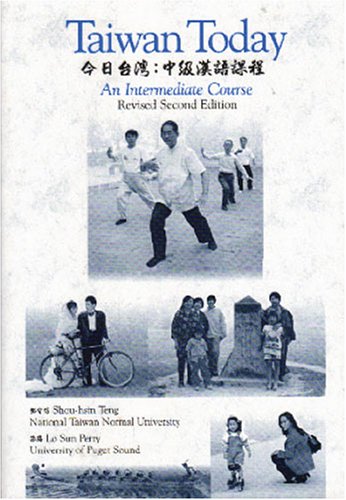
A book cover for Taiwan Today: An Intermediate Course, 2nd Revised Edition; Shou-hsin Teng; Travel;